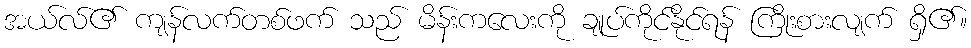
အယ်လ်၏ ကျန်လက်တစ်ဖက် သည် မိန်းကလေးကို ချုပ်ကိုင်နိုင်ရန် ကြိုးစားလျက် ရှိ၏။